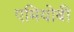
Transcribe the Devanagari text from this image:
एमियोबी